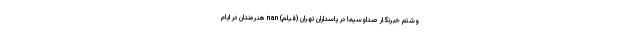
وشتم خبرنگار صداوسیما در پاسداران تهران (فیلم) nan هنرمندان در ایام